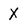
Character: X